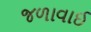
જળાવાઈ